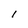
Character: I